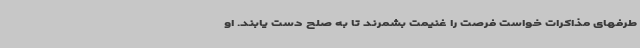
طرفهای مذاکرات خواست فرصت را غنیمت بشمرند تا به صلح دست یابند. او